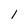
Character: 1